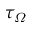
\tau _ { \varOmega }